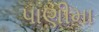
પાણીમા